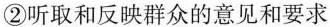
②听取和反映群众的意见和要求